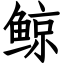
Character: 鲸